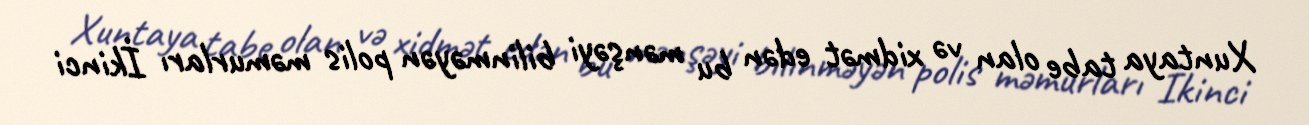
Xuntaya tabe olan və xidmət edən bu mənşəyi bilinməyən polis məmurları İkinci